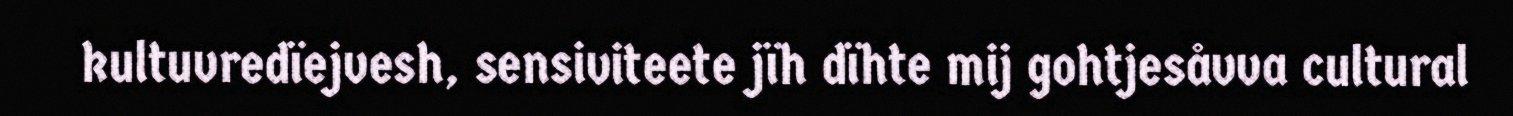
kultuvredïejvesh, sensiviteete jïh dïhte mij gohtjesåvva cultural